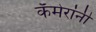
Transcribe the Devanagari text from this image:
कॅमेरांनी